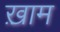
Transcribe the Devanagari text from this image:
ख़़ाम